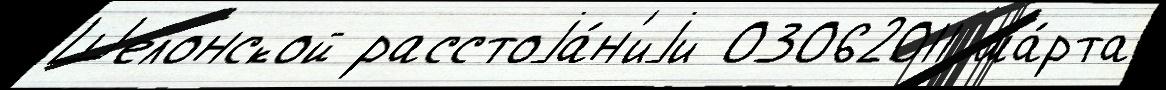
Шелонской расстоjа́н'иjи 03062011 ма́рта